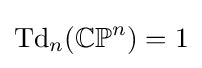
\mathrm {Td} _{n}(\mathbb {CP} ^{n})=1